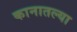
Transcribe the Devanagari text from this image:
कानातल्या